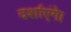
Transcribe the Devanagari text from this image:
दर्शाएंगे।